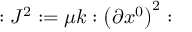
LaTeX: : J ^ { 2 } : = \mu k : \left( \partial x ^ { 0 } \right) ^ { 2 } :